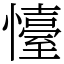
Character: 懛